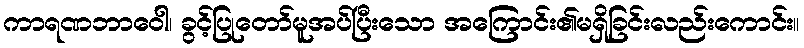
ကာရဏဘာဝေါ၊ ခွင့်ပြုတော်မူအပ်ပြီးသော အကြောင်း၏မရှိခြင်းလည်းကောင်း။